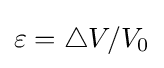
{\textstyle \varepsilon =\bigtriangleup V/V_{0}}